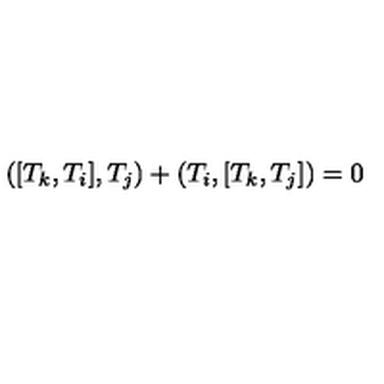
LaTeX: ( [ T _ { k } , T _ { i } ] , T _ { j } ) + ( T _ { i } , [ T _ { k } , T _ { j } ] ) = 0